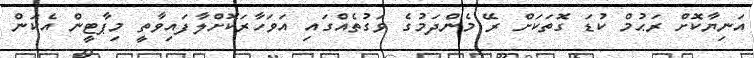
އަނިޔާކޮށް ރަޙުމް ކުޑަ ގޮތަކަށް ރޭ މެންދަމުގެ ވަގުތެއްގައި އަވަހާރަކޮށްލާފައިވާތީ މިޕާޓީން އެކަން